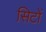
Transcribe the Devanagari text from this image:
सिटों